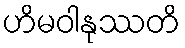
ဟိမဝါနုဿတိ